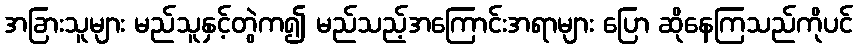
အခြားသူများ မည်သူနှင့်တွဲက၍ မည်သည့်အကြောင်းအရာများ ပြော ဆိုနေကြသည်ကိုပင်